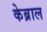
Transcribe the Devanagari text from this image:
केब्राल